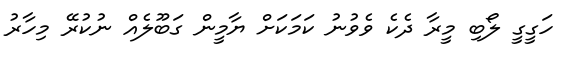
ހަގީގީ ލޯބި މީރާ ދެކެ ވެވުނު ކަމަކަށް ޔާމީން ގަބޫލެއް ނުކުރޭ މިހާރު